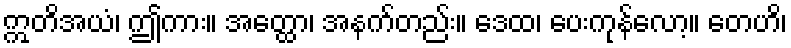
ဣတိအယံ၊ ဤကား။ အတ္ထော၊ အနက်တည်း။ ဒေထ၊ ပေးကုန်လော့။ တေဟိ၊